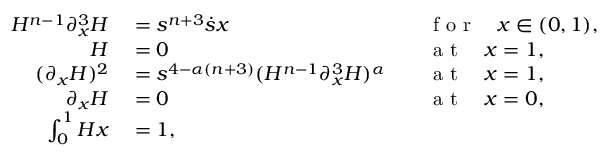
\begin{array} { r l r l } { H ^ { n - 1 } \partial _ { x } ^ { 3 } H } & { { } = s ^ { n + 3 } \dot { s } x } & { } & { { } \mathrm { ~ f ~ o ~ r ~ } \quad x \in ( 0 , 1 ) , } \\ { H } & { { } = 0 } & { } & { { } \mathrm { ~ a ~ t ~ } \quad x = 1 , } \\ { ( \partial _ { x } H ) ^ { 2 } } & { { } = s ^ { 4 - \alpha ( n + 3 ) } ( H ^ { n - 1 } \partial _ { x } ^ { 3 } H ) ^ { \alpha } } & { } & { { } \mathrm { ~ a ~ t ~ } \quad x = 1 , } \\ { \partial _ { x } H } & { { } = 0 } & { } & { { } \mathrm { ~ a ~ t ~ } \quad x = 0 , } \\ { \int _ { 0 } ^ { 1 } H \d x } & { { } = 1 , } & { } & { { } } \end{array}